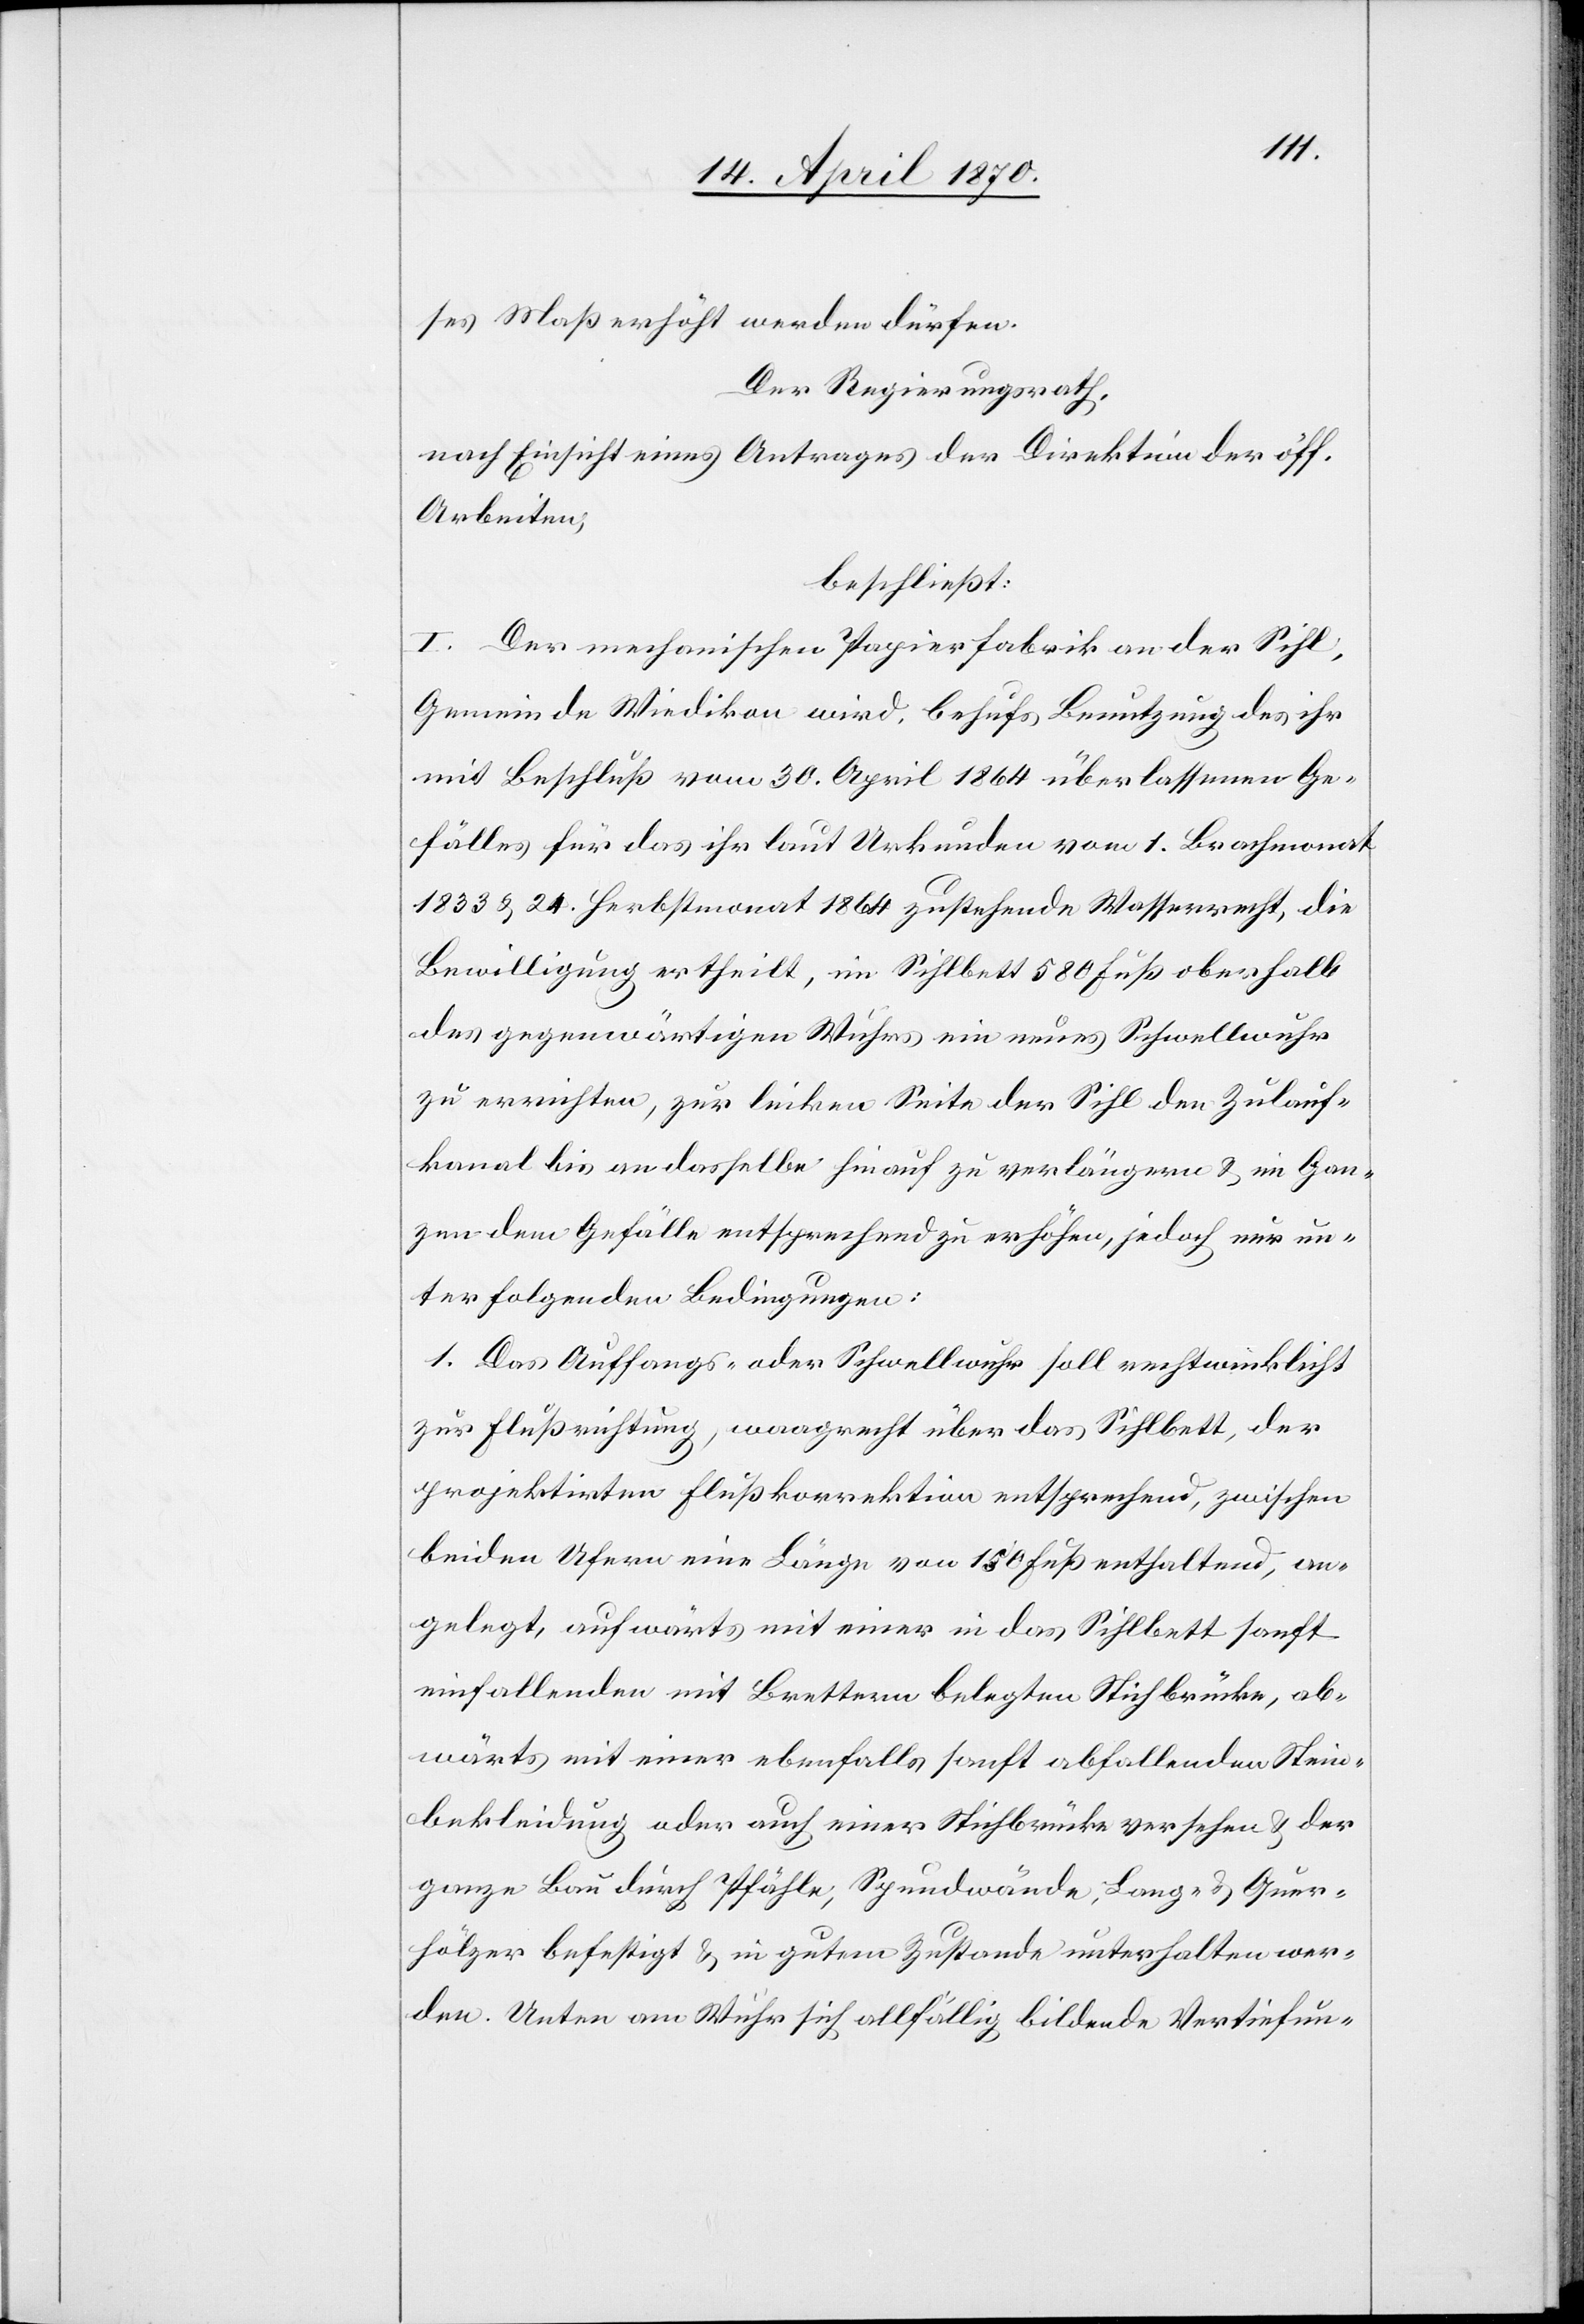
ses Maß erhöht werden dürfen.
Der Regierungsrath,
nach Einsicht eines Antrages der Direktion der öff.
Arbeiten,
beschließt:
I. Der mechanischen Papierfabrik an der Sihl,
Gemeinde Wiedikon[,] wird, behufs Benutzung des ihr
mit Beschluß vom 30. April 1864 überlassenen Ge¬
fälles für das ihr laut Urkunden vom 1. Brachmonat
1833 & 24. Herbstmonat 1864 zustehende Wasserrecht, die
Bewilligung ertheilt, im Sihlbett 580 Fuß oberhalb
des gegenwärtigen Wuhres ein neues Schwellwuhr
zu errichten, zur linken Seite der Sihl den Zulauf¬
kanal bis an dasselbe hinauf zu verlängern & im Gan¬
zen dem Gefälle entsprechend zu erhöhen, jedoch nur un¬
ter folgenden Bedingungen:
1. Das Auffangs- oder Schwellwuhr soll rechtwinklicht
zur Flußrichtung, waagrecht über das Sihlbett, der
projektirten Flußkorrektion entsprechend, zwischen
beiden Ufern eine Länge von 150 Fuß enthaltend, an¬
gelegt, aufwärts mit einer in das Sihlbett sanft
einfallenden mit Brettern belegten Stichbrücke, ab¬
wärts mit einer ebenfalls sanft abfallenden Stein¬
bekleidung oder auch einer Stichbrücke versehen & der
ganze Bau durch Pfähle, Spundwände, Lang- & Quer¬
hölzer befestigt & in gutem Zustande unterhalten wer¬
den. Unten am Wuhr sich allfällig bildende Vertiefun-